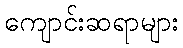
ကျောင်းဆရာများ